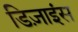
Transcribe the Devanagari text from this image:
डिज़ाइंस